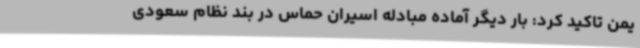
یمن تاکید کرد: بار دیگر آماده مبادله اسیران حماس در بند نظام سعودی